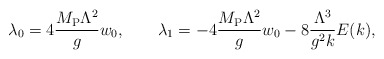
\begin{align*}\lambda_0=4{M_{\rm P}\Lambda^2 \over g}w_0, \qquad \lambda_1=-4{M_{\rm P}\Lambda^2 \over g}w_0 - 8{\Lambda^3 \over g^2 k}E(k),\end{align*}